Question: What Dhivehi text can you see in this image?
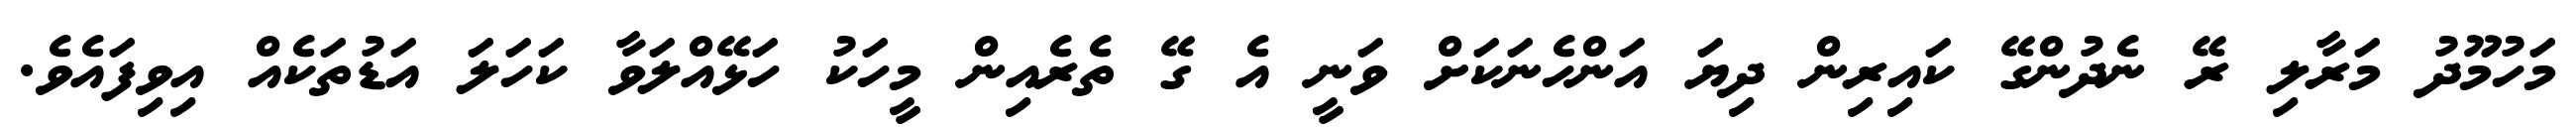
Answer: މަހުމޫދު މަރާލި ރޭ ނެދުންގޭ ކައިރިން ދިޔަ އަންހެނަކަށް ވަނީ އެ ގޭ ތެރެއިން މީހަކު ހަޅޭއްލަވާ ކަހަލަ އަޑުތަކެއް އިވިފައެވެ.